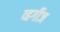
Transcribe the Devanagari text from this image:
व्हर्गीज